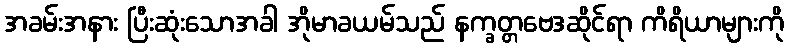
အခမ်းအနား ပြီးဆုံးသောအခါ အိုမာခယမ်သည် နက္ခတ္တဗေဒဆိုင်ရာ ကိရိယာများကို